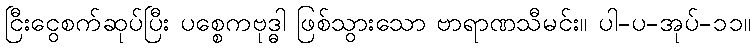
ငြီးငွေစက်ဆုပ်ပြီး ပစ္စေကဗုဒ္ဓါ ဖြစ်သွားသော ဗာရာဏသီမင်း။ ပါ-ပ-အုပ်-၁၁။